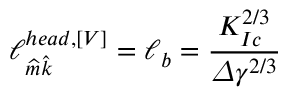
\ell _ { \widehat { m } \widehat { k } } ^ { h e a d , \left[ V \right] } = \ell _ { b } = \frac { K _ { I c } ^ { 2 / 3 } } { \varDelta \gamma ^ { 2 / 3 } }